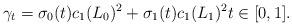
LaTeX: \begin{align*} \gamma_t = \sigma_0(t) c_1(L_0)^2 + \sigma_1(t) c_1(L_1)^2 t\in [0,1].\end{align*}